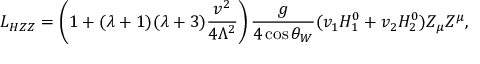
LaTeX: L _ { H Z Z } = \left( 1 + ( \lambda + 1 ) ( \lambda + 3 ) \frac { v ^ { 2 } } { 4 \Lambda ^ { 2 } } \right) \frac { g } { 4 \cos \theta _ { W } } ( v _ { 1 } H _ { 1 } ^ { 0 } + v _ { 2 } H _ { 2 } ^ { 0 } ) Z _ { \mu } Z ^ { \mu } ,